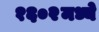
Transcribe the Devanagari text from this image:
१६०२मध्ये